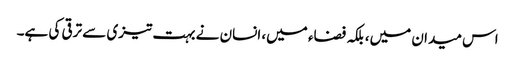
اس میدان میں، بلکہ فضاء میں، انسان نے بہت تیزی سے ترقی کی ہے۔